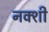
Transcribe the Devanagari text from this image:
नक्शी